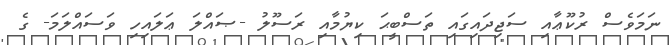
ނަމަވެސް ރުކޫޢާއި ސަޖިދައިގައި ތަސްބީޙަ ކިޔުމާއި ރަސޫލު -ޞައްލަ ޢަލައިހި ވަސައްލަމަ- ގެ